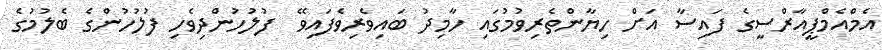
އެމްއެމްޕީއާރްސީގެ ފައިސާ އަށް ހިޔާންތެރިވުމުގައި ހާމިދު ބައިވެރިވެފައިވޭ  ފުލުހުންދިވެހި ފުލުހުންގެ ބެލުމުގެ